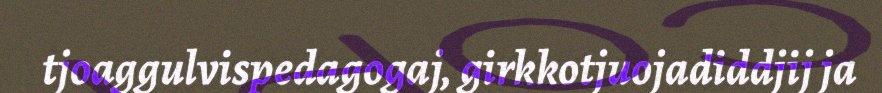
tjoaggulvispedagogaj, girkkotjuojadiddjij ja